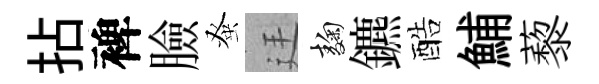
拈裨臉𫊫廷麹鑣酷鯆藜